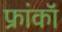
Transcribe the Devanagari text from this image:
फ्रांकॉ